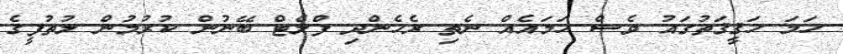
ހަމަ ހަޤީޤަތުގައު ވެސް ހަމައެއް ނެތި ރެހެންދި ފްލެޓް ބޭނުން ކުރުމުން ލުތުފީގެ